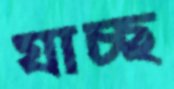
যাচ্ছ